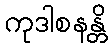
ကုဒါစနန္တိ